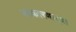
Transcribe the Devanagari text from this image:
आकारणार्‍या